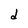
Character: d